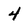
Character: 4